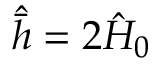
\hat { \bar { h } } = 2 \hat { H } _ { 0 }